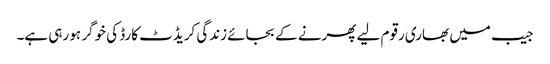
جیب میں بھاری رقوم لیے پھرنے کے بجائے زندگی کریڈٹ کارڈ کی خوگر ہو رہی ہے۔